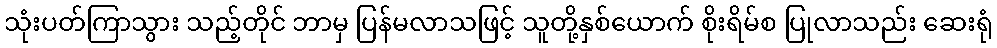
သုံးပတ်ကြာသွား သည့်တိုင် ဘာမှ ပြန်မလာသဖြင့် သူတို့နှစ်ယောက် စိုးရိမ်စ ပြုလာသည်း ဆေးရုံ